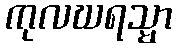
ကုလဃရသ္မာ